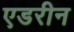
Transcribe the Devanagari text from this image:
एडरीन